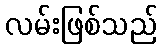
လမ်းဖြစ်သည်